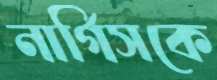
নার্গিসকে